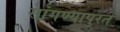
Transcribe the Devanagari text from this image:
सांगण्यापुरते